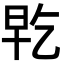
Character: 𭥡